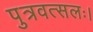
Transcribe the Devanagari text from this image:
पुत्रवत्सलः।